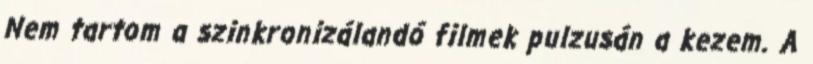
Nem tartom a szinkronizálandó filmek pulzusán a kezem. A